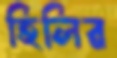
হিলির